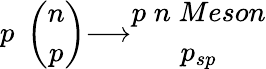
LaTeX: \begin{array}{c}{{p\; }}\end{array}\left(\begin{array}{c}{{n}}\\ {{p}}\end{array}\right)\begin{array}{c}{{\longrightarrow}}\end{array}\begin{array}{c}{{p\; n\; Meson}}\\ {{p_{sp}}}\end{array}